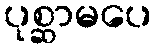
ပုစ္ဆာမပေ